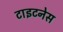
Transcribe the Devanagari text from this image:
टाइटनेस